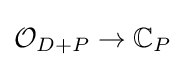
{\mathcal {O}}_{D+P}\to \mathbb {C} _{P}